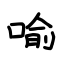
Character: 喻